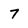
Character: 7